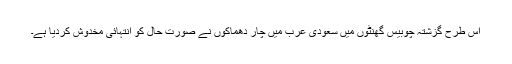
اس طرح گزشتہ چوبیس گھنٹوں میں سعودی عرب میں چار دھماکوں نے صورتِ حال کو انتہائی مخدوش کردیا ہے۔